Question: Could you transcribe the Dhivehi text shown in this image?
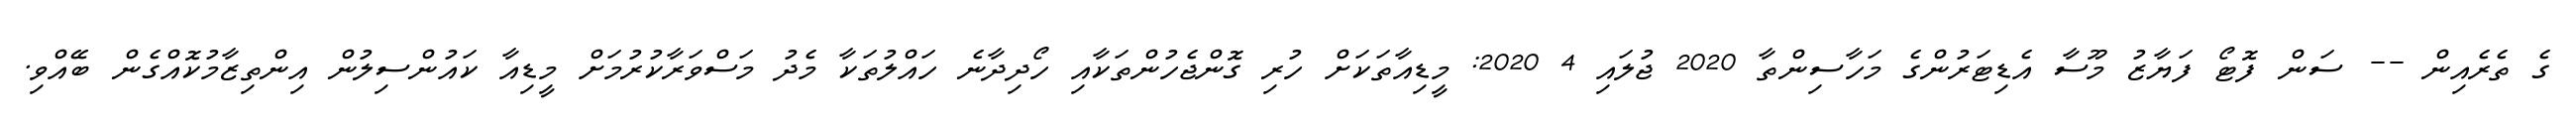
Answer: ގެ ތެރެއިން -- ސަން ފޮޓޯ ފަޔާޒު މޫސާ އެޑިޓަރުންގެ މަހާސިންތާ 2020 ޖުލައި 4 2020: މީޑިއާތަކަށް ހުރި ގޮންޖެހުންތަކާއި ހޯދިދާނެ ހައްލުތަކާ މެދު މަސްވަރާކުރުމަށް މީޑިއާ ކައުންސިލުން އިންތިޒާމުކޮއްގެން ބޭއްވި.